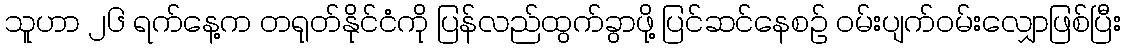
သူဟာ ၂၆ ရက်နေ့က တရုတ်နိုင်ငံကို ပြန်လည်ထွက်ခွာဖို့ ပြင်ဆင်နေစဉ် ဝမ်းပျက်ဝမ်းလျှောဖြစ်ပြီး